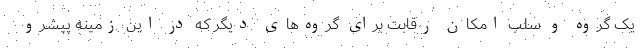
یک گروه و سلب امکان رقابت برای گروه‌های دیگر که در این زمینه پیشرو